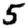
Digit: 5